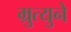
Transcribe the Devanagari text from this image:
म्रुत्युने